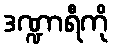
ဒဏ္ဍာရီကို